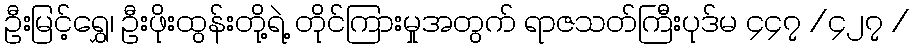
ဦးမြင့်ရွှေ၊ ဦးဖိုးထွန်းတို့ရဲ့ တိုင်ကြားမှုအတွက် ရာဇသတ်ကြီးပုဒ်မ ၄၄၇ /၄၂၇ /